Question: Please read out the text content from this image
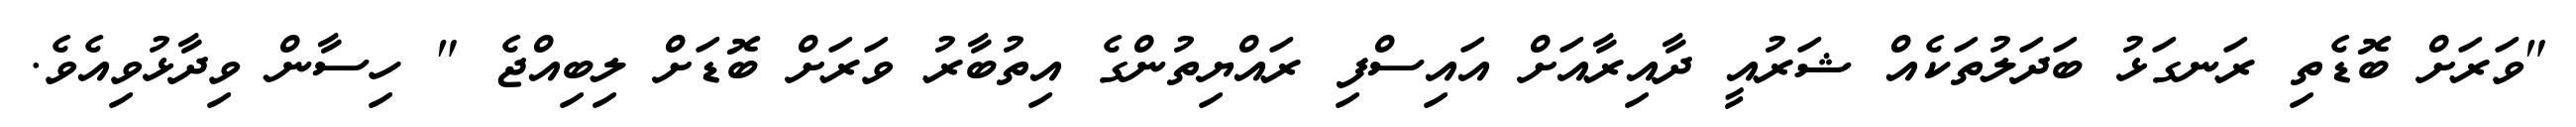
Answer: "ވަރަށް ބޮޑެތި ރަނގަޅު ބަދަލުތަކެއް ޝަރުއީ ދާއިރާއަށް އައިސްފި ރައްޔިތުންގެ އިތުބާރު ވަރަށް ބޮޑަށް ލިބިއްޖެ " ހިސާން ވިދާޅުވިއެވެ.